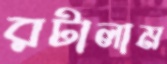
রটালাম